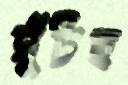
ঘুঁটছ